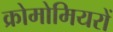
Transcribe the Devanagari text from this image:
क्रोमोमियरों